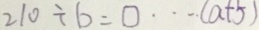
2 1 0 \div b = \square \cdots ( a + 5 )